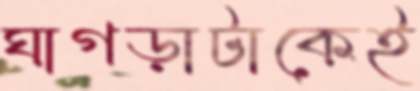
ঘাগড়াটাকেই